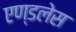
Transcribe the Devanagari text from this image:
एण्डलेस